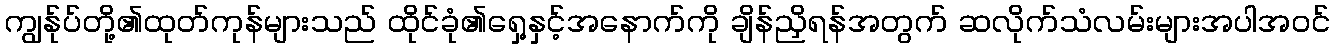
ကျွန်ုပ်တို့၏ထုတ်ကုန်များသည် ထိုင်ခုံ၏ရှေ့နှင့်အနောက်ကို ချိန်ညှိရန်အတွက် ဆလိုက်သံလမ်းများအပါအဝင်